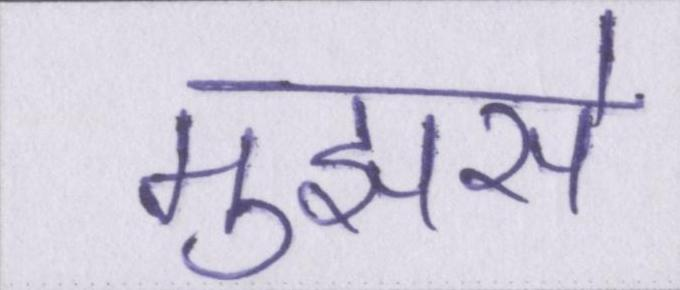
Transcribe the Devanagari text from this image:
मुझसे